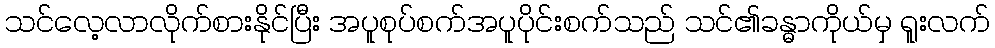
သင်လေ့လာလိုက်စားနိုင်ပြီး အပူစုပ်စက်အပူပိုင်းစက်သည် သင်၏ခန္ဓာကိုယ်မှ ရူးလက်